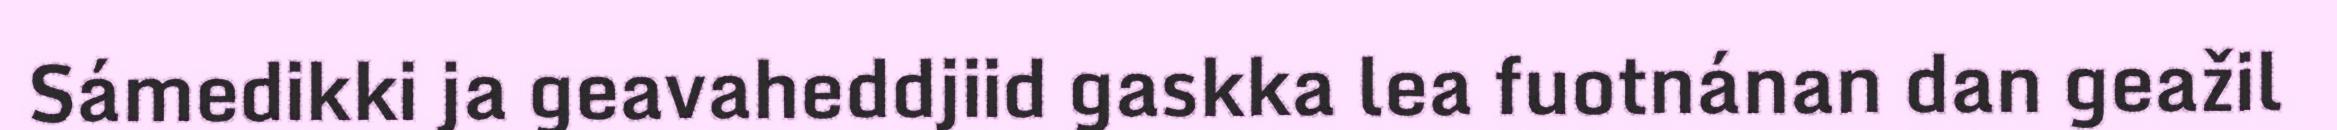
Sámedikki ja geavaheddjiid gaskka lea fuotnánan dan geažil